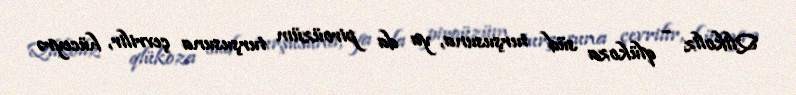
Qlikoliz – qlükoza süd turşusuna, ya da piroüzüm turşusuna çevrilir, hüceyrə